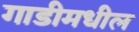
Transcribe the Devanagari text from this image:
गाडीमधील